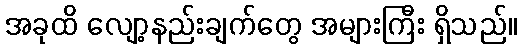
အခုထိ လျော့နည်းချက်တွေ အများကြီး ရှိသည်။